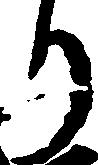
り